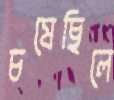
চষেছিলে